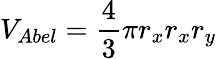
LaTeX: V_{Abel}=\frac{4}{3}\pi r_{x}r_{x}r_{y}